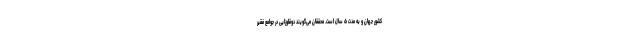
کشور جهان و به مدت ۵ سال است. محققان می‌گویند دوقلوزایی در جوامع فقیر